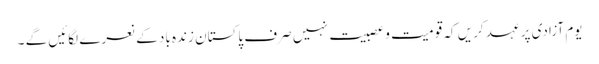
یوم آزادی پر عہد کریں کہ قومیت و عصبیت نہیں صرف پاکستان زندہ باد کے نعرے لگائیں گے ۔